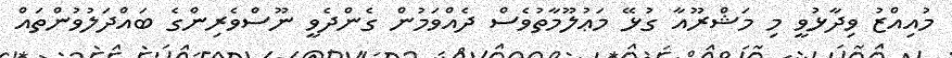
މުއިއްޒު ވިދާޅުވީ މި މަޝްރޫއާ ގުޅޭ މަޢުލޫމާތުވެސް ދެއްވަމުން ގެންދެވީ ނޫސްވެރިންގެ ބައްދަލުވުންތައް